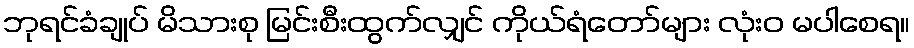
ဘုရင်ခံချုပ် မိသားစု မြင်းစီးထွက်လျှင် ကိုယ်ရံတော်များ လုံးဝ မပါစေရ။